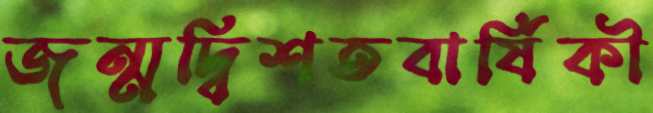
জন্মদ্বিশতবার্ষিকী